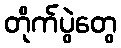
တိုက်ပွဲတွေ